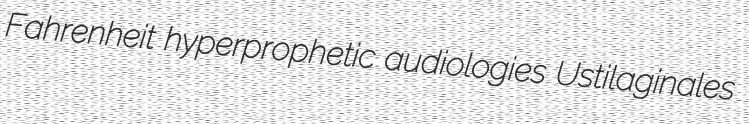
Fahrenheit hyperprophetic audiologies Ustilaginales